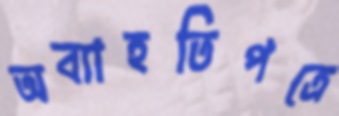
অব্যাহতিপত্রে